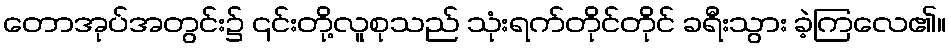
တောအုပ်အတွင်း၌ ၎င်းတို့လူစုသည် သုံးရက်တိုင်တိုင် ခရီးသွား ခဲ့ကြလေ၏။